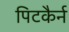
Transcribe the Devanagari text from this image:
पिटकैर्न